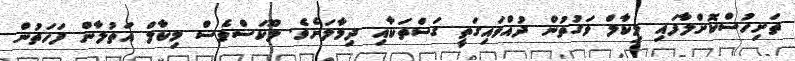
ތަށިހުސްކޮށްލާފައި މިކާލް ވަގުތުން ދުއްވައިގަތީ ގަސްތަކާއި ދިމާލަށެވެ. ލޫކަސްވެސް މިކާލް އަތުލާން ފަހަތުން